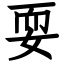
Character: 耍